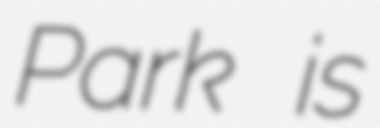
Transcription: Park is